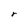
Character: r